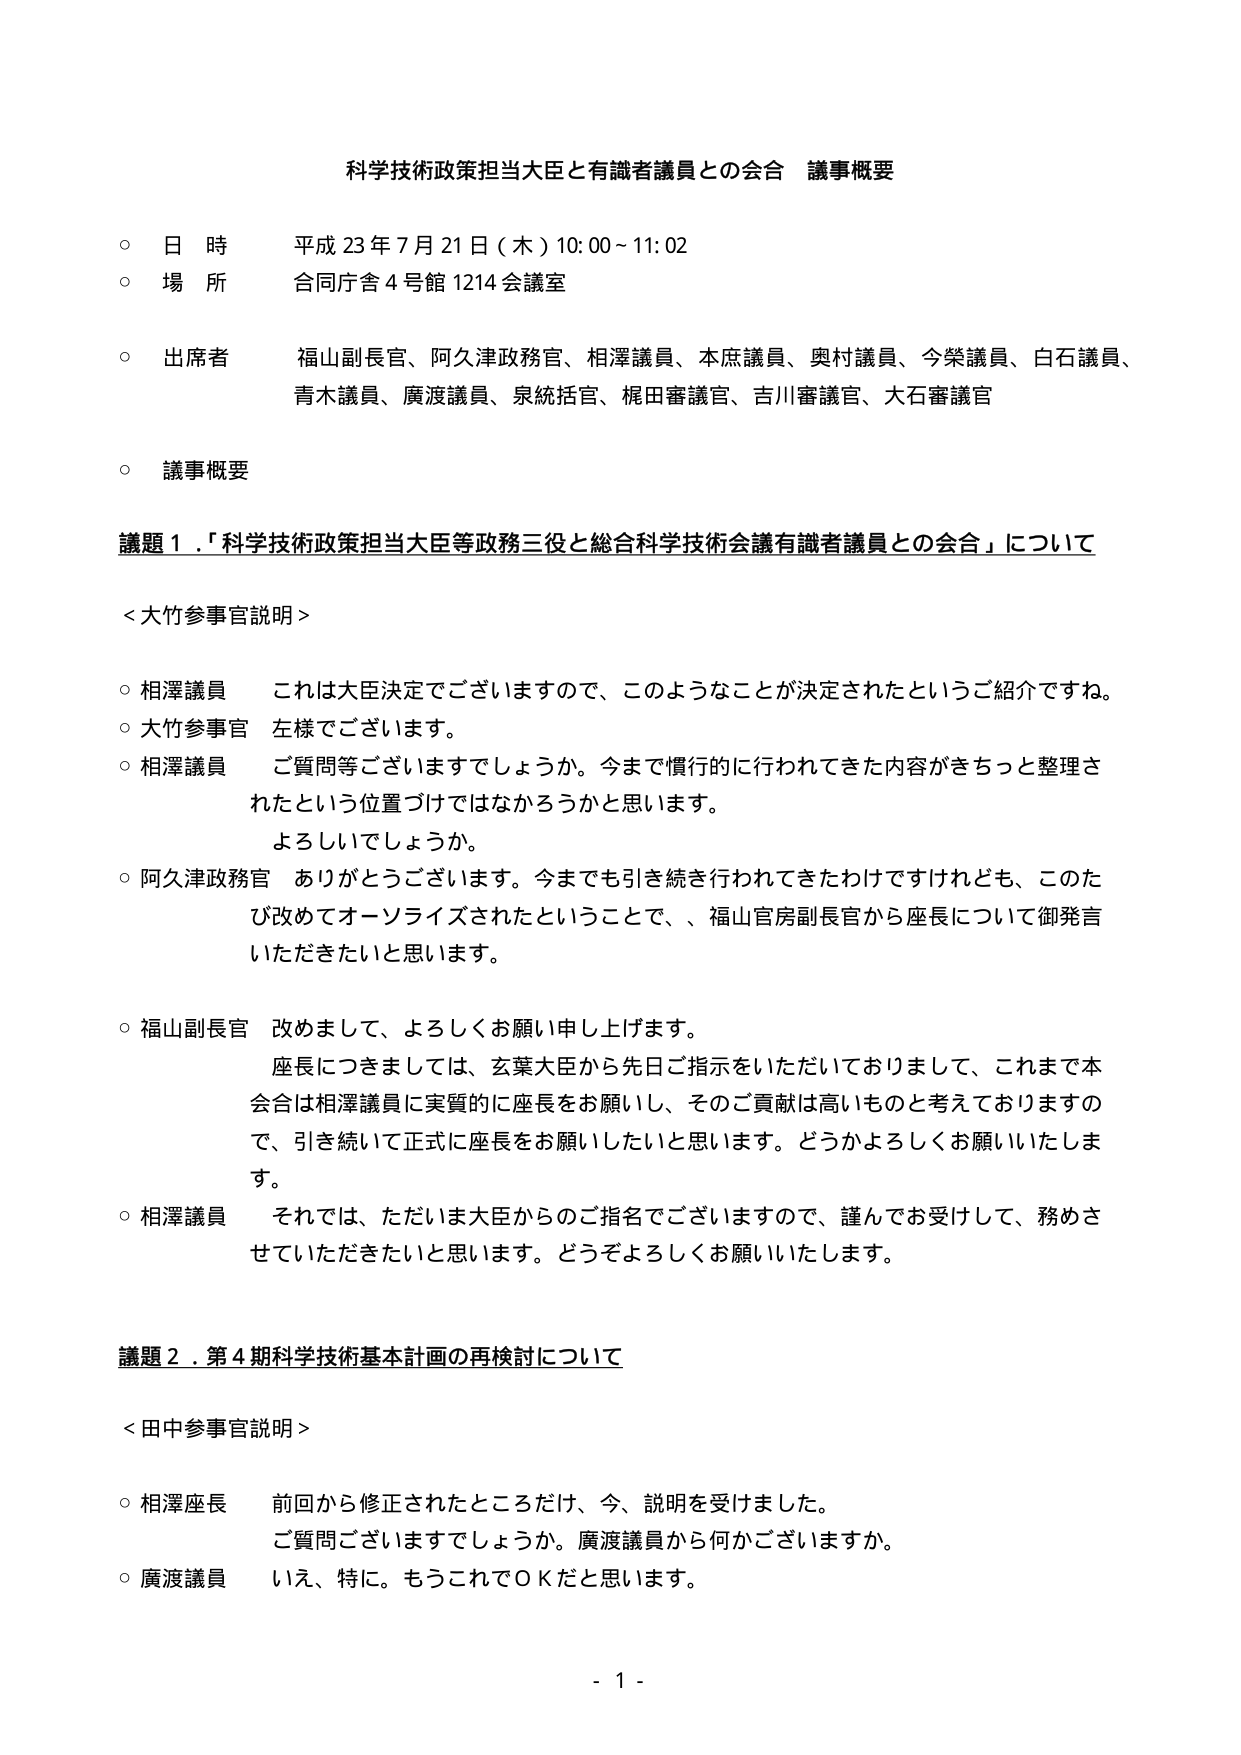
科学技術政策担当大臣と有識者議員との会合 議事概要

○ 日 時 平成 23 年 7 月 21 日（木）10:00～11:02
○ 場 所 合同庁舎 4 号館 1214 会議室
○ 出席者 福山副長官、阿久津政務官、相澤議員、本庶議員、奥村議員、今柴議員、白石議員、
　　　　　青木議員、廣渡議員、泉統括官、梶田審議官、吉川審議官、大石審議官
○ 議事概要

議題１．「科学技術政策担当大臣等政務三役と総合科学技術会議有識者議員との会合」について

＜大竹参事官説明＞

○ 相澤議員 これは大臣決定でございますので、このようなことが決定されたというご紹介ですね。
○ 大竹参事官 左様でございます。
○ 相澤議員 ご質問等ございますでしょうか。今まで慣行的に行われてきた内容がきちっと整理さ
　　　　　れたという位置づけではなかろうかと思います。
　　　　　よろしいでしょうか。
○ 阿久津政務官 ありがとうございます。今までも引き続き行われてきたわけですがけれども、このた
　　　　　び改めてオーソライズされたということで、福山官房副長官から座長について御発言
　　　　　いただきたいと思います。

○ 福山副長官 改めまして、よろしくお願い申し上げます。
　　　　　座長につきましては、玄葉大臣から先日ご指示をいただいておりまして、これまで本
　　　　　会合は相澤議員に実質的に座長をお願いし、そのご貢献は高いものと考えておりますの
　　　　　で、引き続いて正式に座長をお願いしたいと思います。どうかよろしくお願いいたしま
　　　　　す。
○ 相澤議員 それでは、ただいま大臣からのご指名でございますので、謹んでお受けして、務めさ
　　　　　せていただきたいと思います。どうぞよろしくお願いいたします。

議題２．第４期科学技術基本計画の再検討について

＜田中参事官説明＞

○ 相澤座長 前回から修正されたところだけ、今、説明を受けました。
　　　　　ご質問ございますでしょうか。廣渡議員から何かございますか。
○ 廣渡議員 いえ、特に。もうこれでＯＫだと思います。

- 1 -